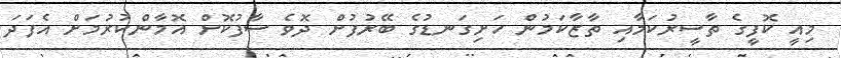
މިއީ ކޮފީގެ ތާސީރުކަމާއި ތާޒާކަމުން ހަށިގަނޑުގެ ބޭރުފުށް ދޮވެ ސާފުކޮށް އޮމާންކުރުމަށް އެފަދަ